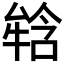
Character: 𤚥